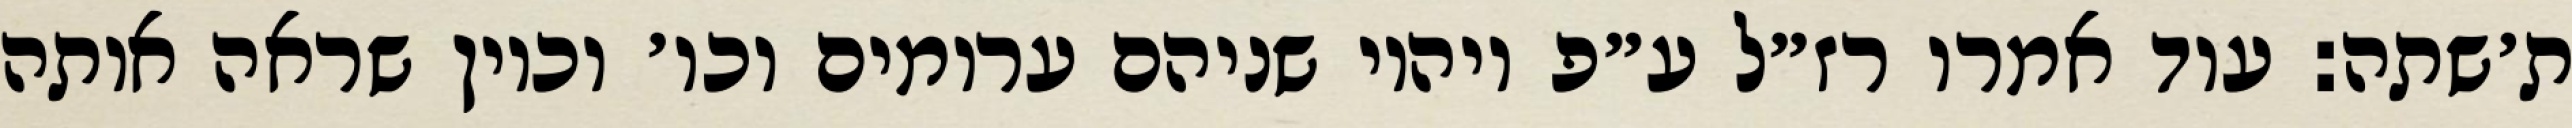
ת׳שתה: עוד אמרו רז״ל ע״פ ויהיו שניהם ערומים וכו׳ וכיון שראה אותה